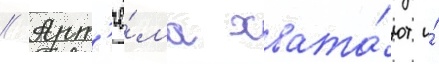
// Арт'ё́ма хвата́ют и́